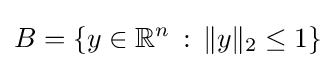
B=\{y\in \mathbb {R} ^{n}\,:\,\|y\|_{2}\leq 1\}